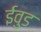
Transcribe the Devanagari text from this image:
ईवुड